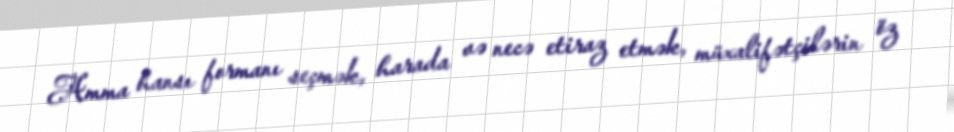
Amma hansı formanı seçmək, harada və necə etiraz etmək, müxalifətçilərin öz